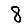
Digit: 8